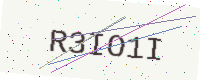
Text: R3IO1I